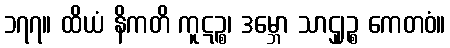
၁၇၇။ ထိယံ နိကတိ ကူဋဉ္စ၊ ဒမ္ဘော သာဌျဉ္စ ကေတဝံ။